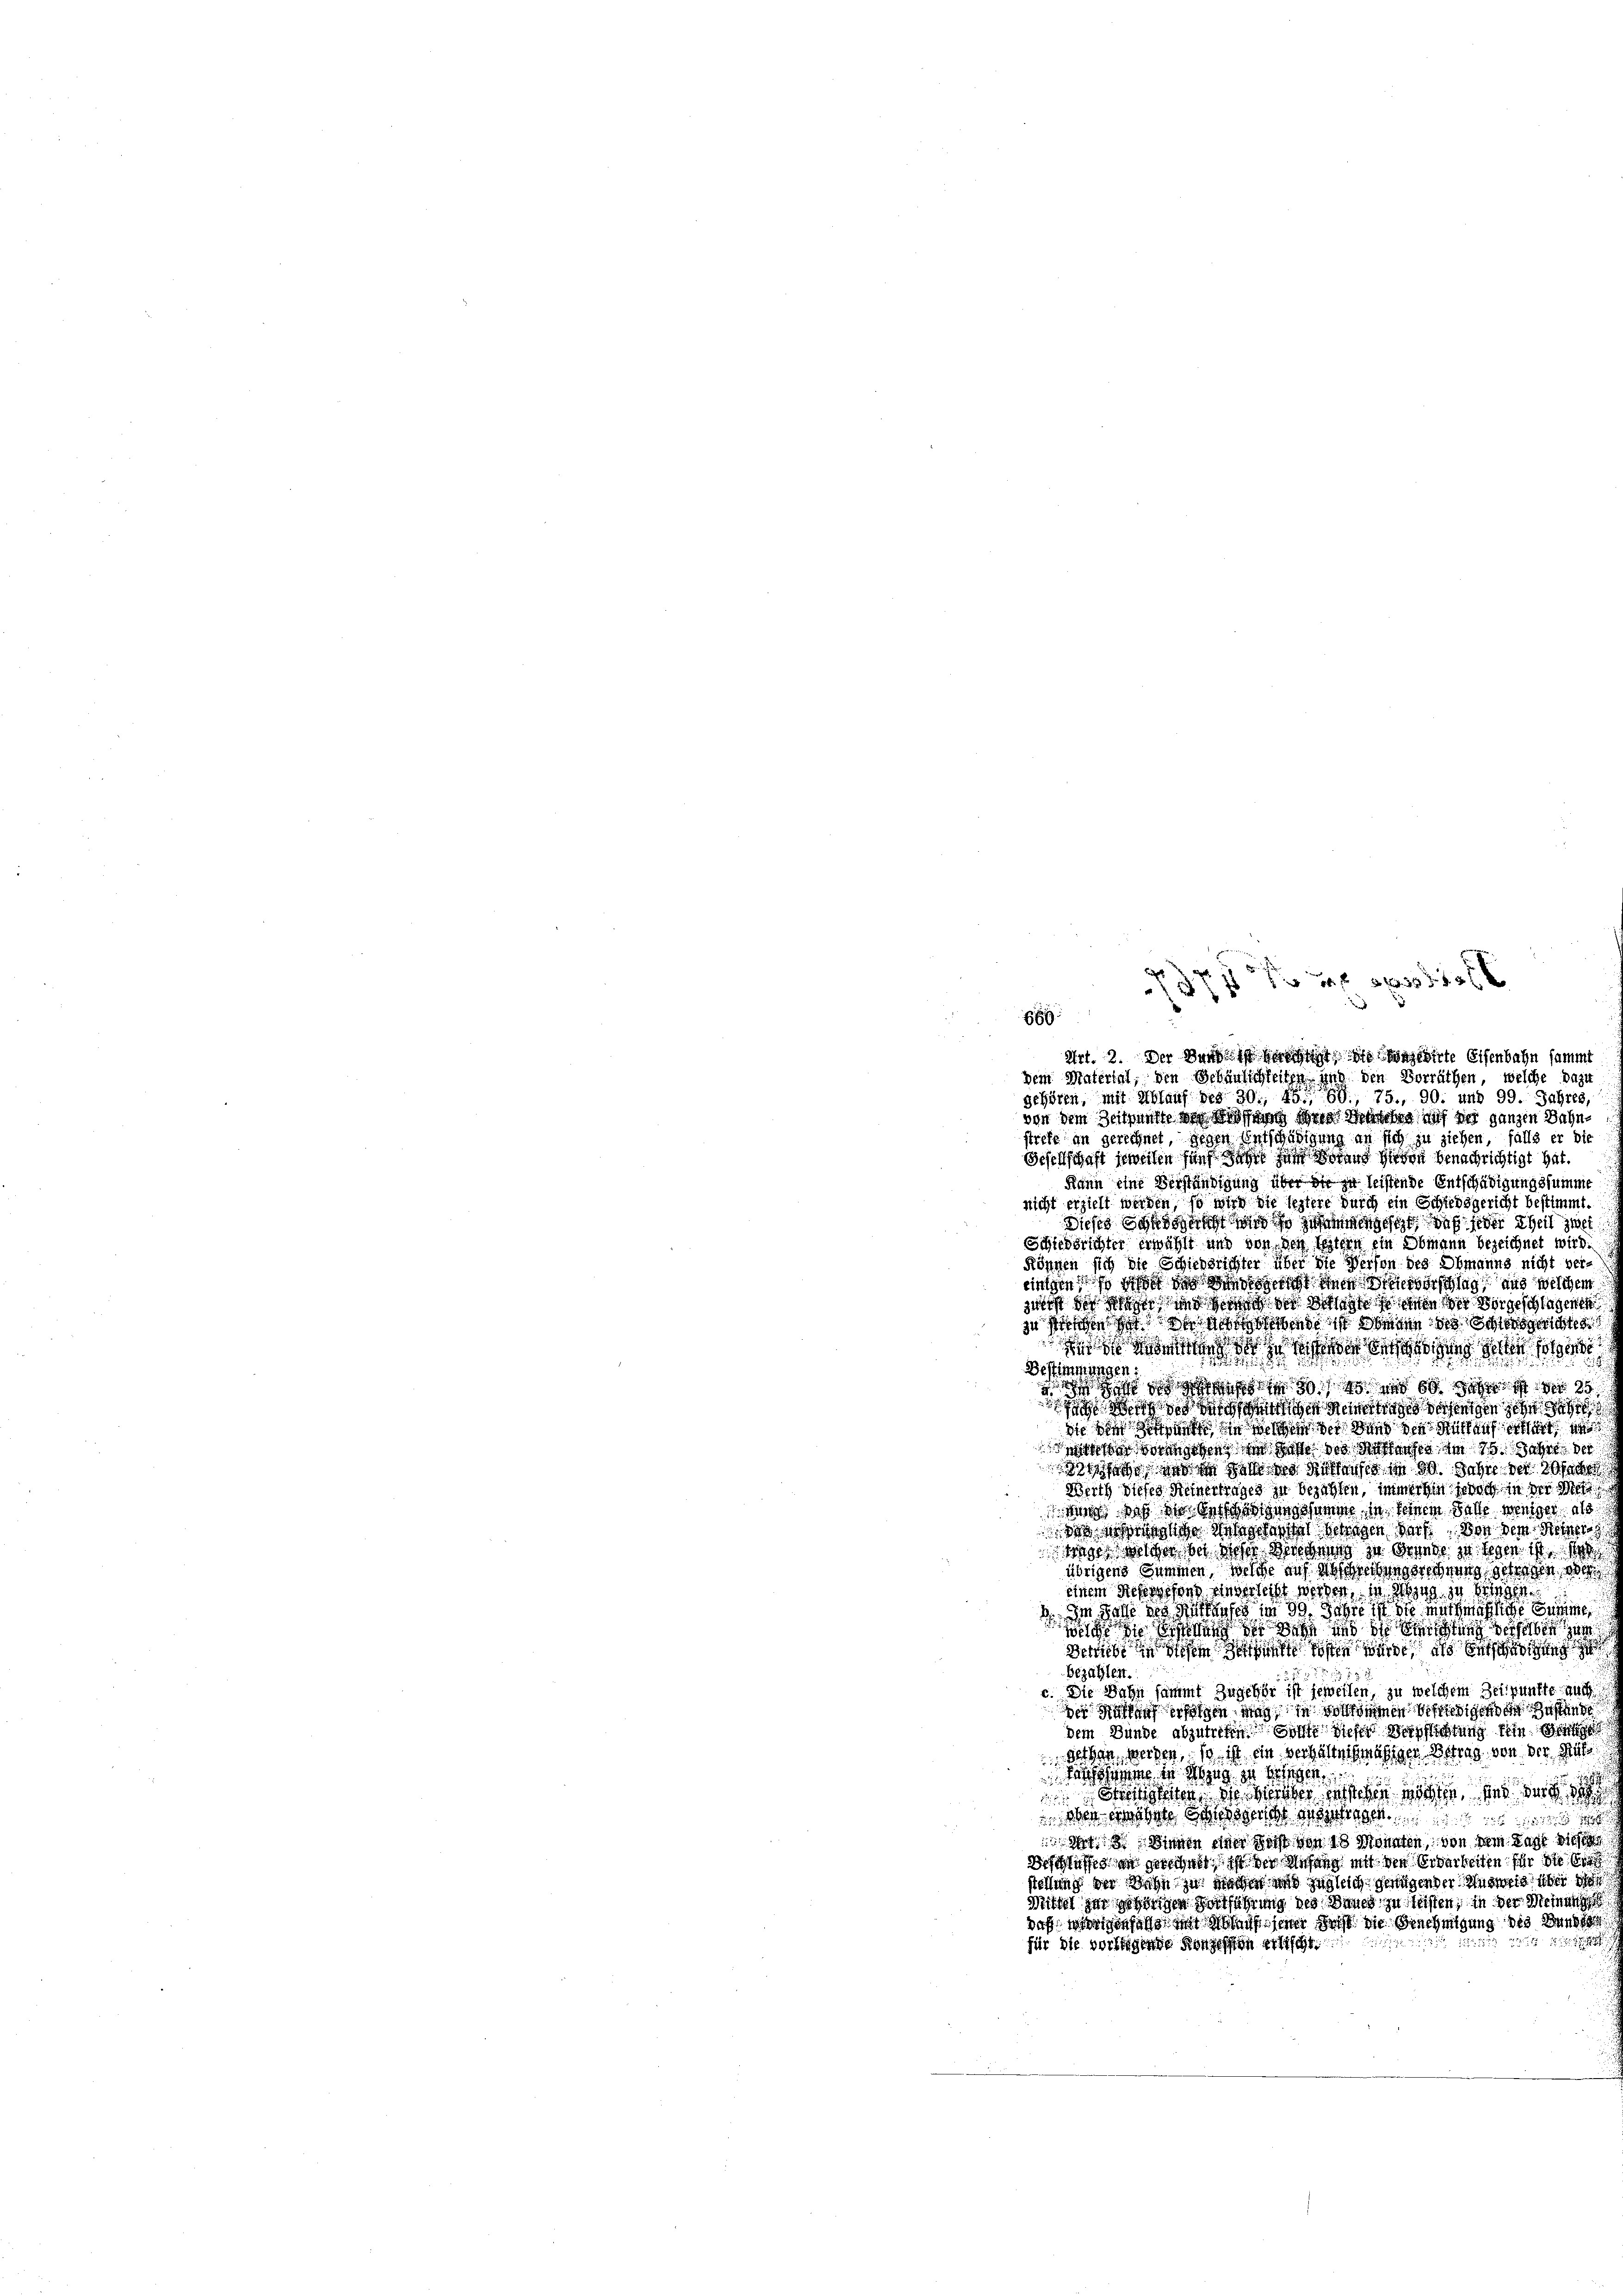
1 f 0 x

E
von dem Zeichnung von Kosten des Waschen auf der ganzen Bahnstrete an gerechnet, gegen Entschädigung an sich zu ziehen, falls er die
Gesellschaft jeweisen fünf sechst an dans davon benachrichtigt hat
Kann eine Verständigung über die in leistende Entschädigungssumme
nicht erzielt werden, so wird die leztere durch ein Schiedsgericht bestimmt
Dieses Sandsgericht wird so zusammengesche, daß jeder Theil zu
Schiedsrichter erwählt und von den testern ein Obmann bezeichnet wird.
Können sich die Schiedsrichter über die Person des Obmanns nicht ver-
riechen, so schon das Bundesgericht die Hiervorschlag aus welchem
zuerst der Schafft und sich in doch lasse seien der vorgeschlagenen
zu sei son ande in man des Schlensgerichte
 ze habe des an den folge
Bestimmungen:
 s e g e g bei der
figen Reintrages derjenigen sehe
die wie sich mit sie sie des und die Muskauf erhalt an
 wegen in hast das die Hauses am 15. Jahr 18
e ad in dass des Zustauses in 30. Jahre der 20 f
Werth dieses Meinertrages zu bezahlen, immerhin jedoch in der Mitt
ttung, daß der Beschweigung somme in seinem Falle weniger als
st eingene Wege nicht vorigen darf. Der dem Peten
wager wicher bei Wochen Wirkung zu Grunde zu legen ist s
übrigens Summen, welche auf der Weisungsrechnung getragen,
einem Sicheressens eingerleiht werden, in Abzug zu bringen
 Im Rathe des Riffenses im 99. Jahre ist die muthmaßliche Summe
 hung der Dein und der Richtung derselben zum
erricht die Wohnrecht kosten wurde als
Bezahlen.
c. Die Bahn sammt zugehör ist jeweilen, zu welchem Zeitpunkte auch
 ihn erfolgen mag sie vorkommen schweigen der Zustand
dem Bunde abzutreten Sohne diese Beschlichtung sein
 wegen werden, so ist ein verhältnißmäßigen Betrag von der Gut
ahme in Abzug zu bringen.
Wetten der Geister darstehen nichten bei der
 eben erwähnte Gegenscht ausgehalten
 3. Diesen einer nicht von 18 Monnten, von dein Tage diese
Beschluss den gerechnet ist der Anfang mit den Erbarkeiten für die bien
stellung der Wege zu marin und zugleich genügender Ausweis über d
Sittel zur sagen Fortführung der Dauer zu leisten, in der Meinung
daß so eigenfals mit auf seiner Frist die Genehmigung die Bunde
2114
für die vorstigende Konzessen erlischt

Art. 2. Der Rücksich die sonderte Eisenbahn sammt
Dein Material, den Gebäulichkeiten, und den Vorräthen, welche dazu
gehören, mit Ablauf des 30, 45. 60., 75., 90. und 99. Jahres,